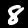
Digit: 8